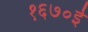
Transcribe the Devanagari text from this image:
१६७०ई